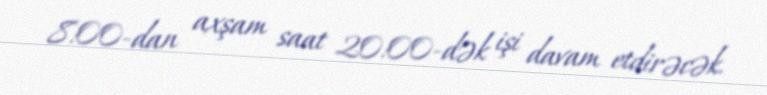
8:00-dan axşam saat 20:00-dək işi davam etdirəcək.